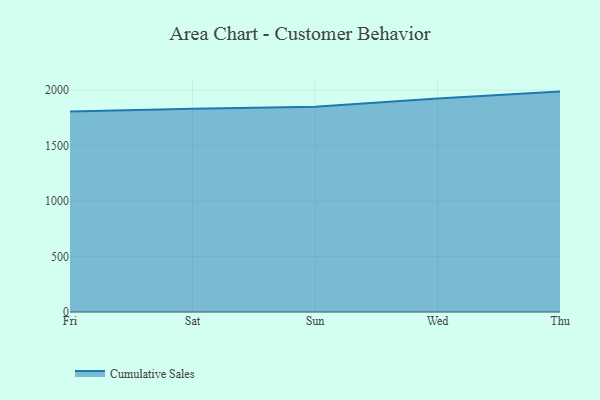
{"axis": {"x": "Day", "y": "Headcount"}, "legend": ["Cumulative Sales"], "data": [{"x": "Fri", "y": 1807.9, "type": "Cumulative Sales"}, {"x": "Sat", "y": 1832.7, "type": "Cumulative Sales"}, {"x": "Sun", "y": 1848.9, "type": "Cumulative Sales"}, {"x": "Wed", "y": 1924.0, "type": "Cumulative Sales"}, {"x": "Thu", "y": 1986.4, "type": "Cumulative Sales"}]}